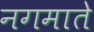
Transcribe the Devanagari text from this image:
नगमाते